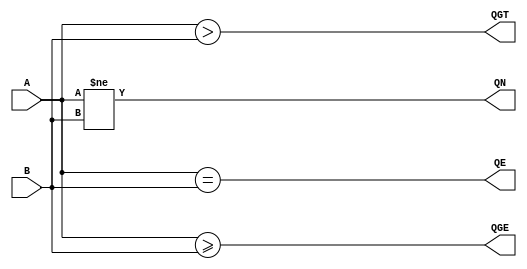

module cmpN
  #(parameter WID = 4)
   (input wire [WID-1:0] A,
    input wire [WID-1:0] B,
    output wire QE, QN, QGT, QGE
    /* */);

   assign QE = A == B;
   assign QN = A != B;
   assign QGT = A > B;
   assign QGE = A >= B;

endmodule // add